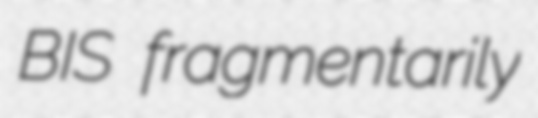
BIS fragmentarily